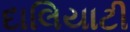
દાલિયાટી